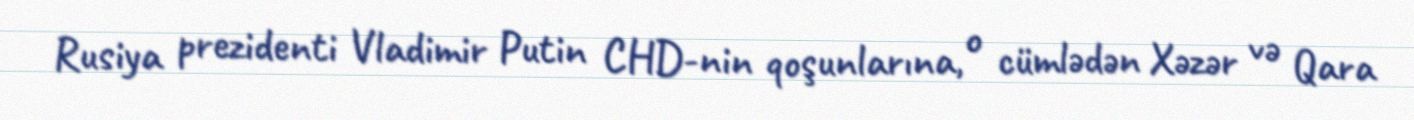
Rusiya prezidenti Vladimir Putin CHD-nin qoşunlarına, o cümlədən Xəzər və Qara